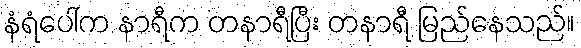
နံရံပေါ်က နာရီက တနာရီပြီး တနာရီ မြည်နေသည်။